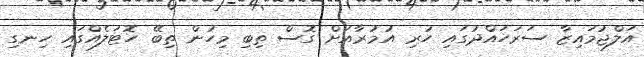
އަލްޖުމައިޒާ ސަރަހައްދުގައި ހުރި އުމުރާއަށް ގޮސް ތިބި މިހުން ތިބޭ ހޮޓަލެއްގައި ހިނގި